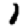
Digit: 1